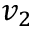
v _ { 2 }